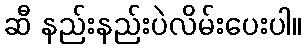
ဆီ နည်းနည်းပဲလိမ်းပေးပါ။